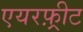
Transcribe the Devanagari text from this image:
एयरफ़्रीट